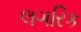
લગરિક